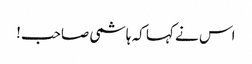
اس نے کہا کہ ہاشمی صاحب!